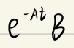
$e^{-At}B$